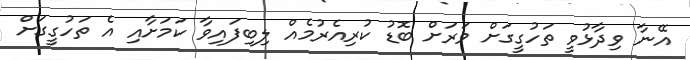
އޭނާ ވިދާޅުވީ ތަހުގީގަށް ވަރަށް ބޮޑު ކުރިއެރުމެއް ލިބިފައިވާ ކަމަށާއި އެ ތަހުގީގަށް